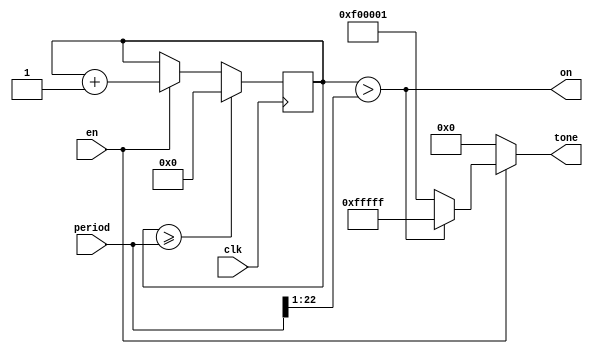
`timescale 1ns / 1ps
`default_nettype none
//////////////////////////////////////////////////////////////////////////////////
// Company: 
// Engineer: 
// 
// Design Name: 
// Module Name:    squaregen 
// Project Name: 
// Target Devices: 
// Tool versions: 
// Description: 
//
// Dependencies: 
//
// Revision: 
// Revision 0.01 - File Created
// Additional Comments: 
//
//////////////////////////////////////////////////////////////////////////////////

module squaregen (input wire clk, input wire en, input wire [22:0] period, output wire [23:0] tone, output wire on);
    parameter amplitude = 24'hfffff; // TODO CHANGE?
	 //parameter freq = 440;
    reg [31:0] count = 0;
    
    //logic[31:0] period = (48000000 / freq);
    
    
    always @(posedge clk)
        if(count >= period)
            count <= 0;
        else if(en)
            count <= count + 1;
    
	 assign on = (count > (period >> 1));
    assign tone = en ? 
        (count > (period >> 1)) ? amplitude : -amplitude // TODO CHANGE BOUNDS
        : 0;
    //assign tone = count << 6;



endmodule

`default_nettype wire